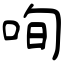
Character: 咰